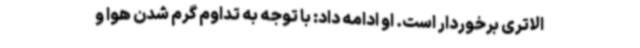
الاتری برخوردار است. او ادامه داد: با توجه به تداوم گرم شدن هوا و